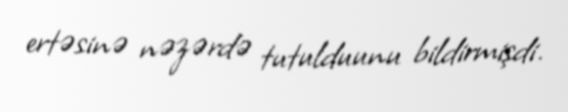
ertəsinə nəzərdə tutulduunu bildirmişdi.